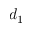
d _ { 1 }